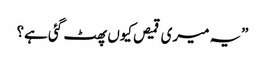
”یہ میری قمیص کیوں پھٹ گئی ہے؟